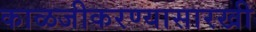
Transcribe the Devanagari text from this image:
काळजीकरण्यासारखी